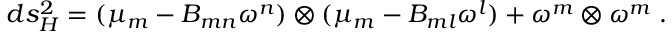
d s _ { \cal H } ^ { 2 } = ( \mu _ { m } - B _ { m n } \omega ^ { n } ) \otimes ( \mu _ { m } - B _ { m l } \omega ^ { l } ) + \omega ^ { m } \otimes \omega ^ { m } \; .